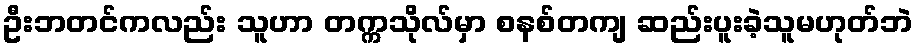
ဦးဘတင်ကလည်း သူဟာ တက္ကသိုလ်မှာ စနစ်တကျ ဆည်းပူးခဲ့သူမဟုတ်ဘဲ